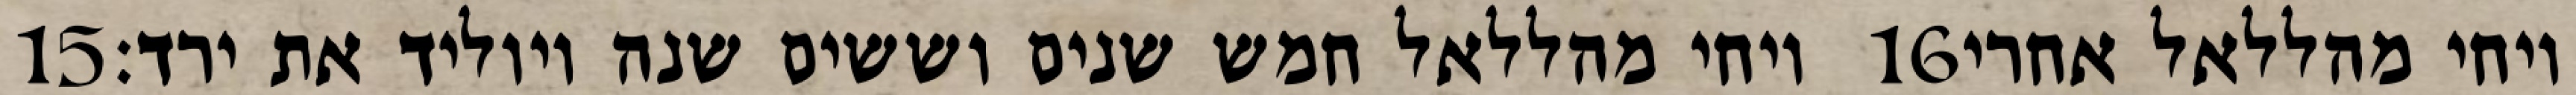
‎15‏ ויחי מהללאל חמש שנים וששים שנה ויוליד את ירד׃ ‎16‏ ויחי מהללאל אחרי